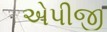
એપીજી